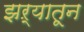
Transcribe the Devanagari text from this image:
झऱ्यातून